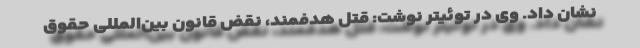
نشان داد. وی در توئیتر نوشت: قتل هدفمند، نقض قانون بین‌المللی حقوق